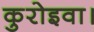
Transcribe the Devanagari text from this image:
कुरोइवा।